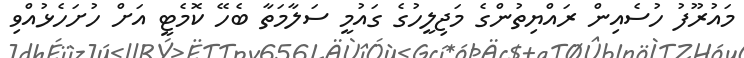
މައުރޫފު ހުސެއިން ރައްޔިތުންގެ މަޖިލީހުގެ ގައުމީ ސަލާމަތާ ބެހޭ ކޮމެޓީ އަށް ހުށަހެޅުއްވި